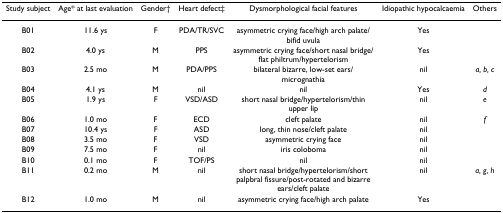
<table><thead><tr><td><b>Study subject</b></td><td><b>Age* at last evaluation</b></td><td><b>Gender†</b></td><td><b>Heart defect‡</b></td><td><b>Dysmorphological facial features</b></td><td><b>Idiopathic hypocalcaemia</b></td><td><b>Others</b></td></tr></thead><tbody><tr><td>B01</td><td>11.6 ys</td><td>F</td><td>PDA/TR/SVC</td><td>asymmetric crying face/high arch palate/bifid uvula</td><td>Yes</td><td>[EMPTY_CELL]</td></tr><tr><td>B02</td><td>4.0 ys</td><td>M</td><td>PPS</td><td>asymmetric crying face/short nasal bridge/flat philtrum/hypertelorism</td><td>Yes</td><td>[EMPTY_CELL]</td></tr><tr><td>B03</td><td>2.5 mo</td><td>M</td><td>PDA/PPS</td><td>bilateral bizarre, low-set ears/micrognathia</td><td>nil</td><td><i>a, b, c</i></td></tr><tr><td>B04</td><td>4.1 ys</td><td>M</td><td>nil</td><td>nil</td><td>Yes</td><td><i>d</i></td></tr><tr><td>B05</td><td>1.9 ys</td><td>F</td><td>VSD/ASD</td><td>short nasal bridge/hypertelorism/thin upper lip</td><td>nil</td><td><i>e</i></td></tr><tr><td>B06</td><td>1.0 mo</td><td>F</td><td>ECD</td><td>cleft palate</td><td>nil</td><td><i>f</i></td></tr><tr><td>B07</td><td>10.4 ys</td><td>F</td><td>ASD</td><td>long, thin nose/cleft palate</td><td>nil</td><td>[EMPTY_CELL]</td></tr><tr><td>B08</td><td>3.5 mo</td><td>F</td><td>VSD</td><td>asymmetric crying face</td><td>nil</td><td>[EMPTY_CELL]</td></tr><tr><td>B09</td><td>7.5 mo</td><td>F</td><td>nil</td><td>iris coloboma</td><td>nil</td><td>[EMPTY_CELL]</td></tr><tr><td>B10</td><td>0.1 mo</td><td>F</td><td>TOF/PS</td><td>nil</td><td>nil</td><td>[EMPTY_CELL]</td></tr><tr><td>B11</td><td>0.2 mo</td><td>M</td><td>nil</td><td>short nasal bridge/hypertelorism/short palpbral fissure/post-rotated and bizarre ears/cleft palate</td><td>nil</td><td><i>a, g, h</i></td></tr><tr><td>B12</td><td>1.0 mo</td><td>M</td><td>nil</td><td>asymmetric crying face/high arch palate</td><td>Yes</td><td>[EMPTY_CELL]</td></tr></tbody></table>